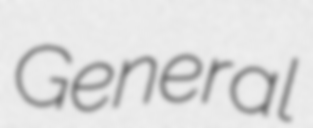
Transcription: General